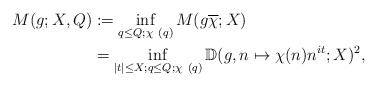
\begin{align*}M(g; X, Q) &:= \inf_{q \leq Q; \chi\ (q)} M(g \overline{\chi}; X) \\&= \inf_{|t| \leq X; q \leq Q; \chi\ (q)} {\mathbb D}( g, n \mapsto \chi(n) n^{it}; X )^2,\end{align*}